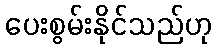
ပေးစွမ်းနိုင်သည်ဟု